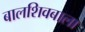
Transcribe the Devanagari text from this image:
बालशिवबाला